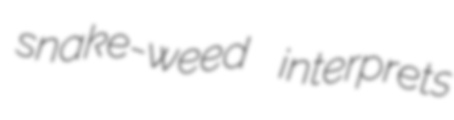
snake-weed interprets